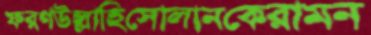
ফরণউল্লাহিসোলানকেরামন